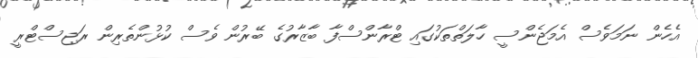
އެހެން ނަމަވެސް އެމަޖެންސީ ހާލަތްތަކުގައި ޓްރާންސްފާ ބާޒާރުގެ ބޭރުން ވެސް ކުޅުންތެރިން ރަޖިސްޓްރީ